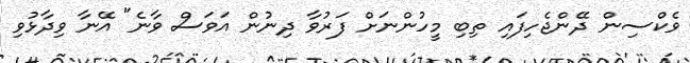
ވެކްސިން ދޭންޖެހިފައި ތިބި މީހުންނަށް ފަރުވާ ދިނުން އަވަސް ވާނެ" އޭނާ ވިދާޅުވި